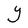
Character: Y